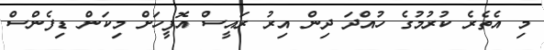
މި އެތެރެ ކުރުމުގެ ހުއްދަ ދިން އިރު ރައީސް އޮފީހަށް މިކަން ޑިފެންސް